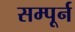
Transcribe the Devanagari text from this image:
सम्पूर्न